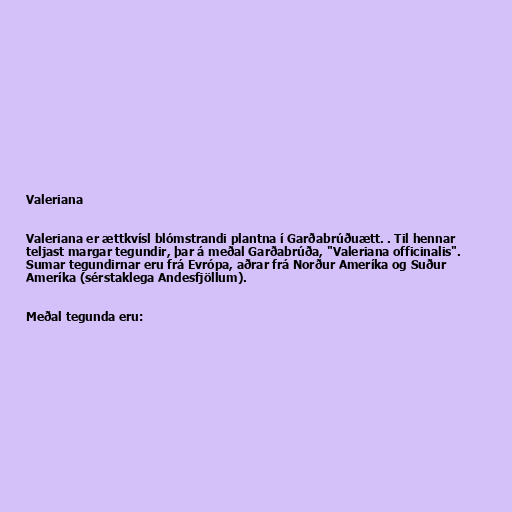
Valeriana

Valeriana er ættkvísl blómstrandi plantna í Garðabrúðuætt. . Til hennar
teljast margar tegundir, þar á meðal Garðabrúða, "Valeriana officinalis".
Sumar tegundirnar eru frá Evrópa, aðrar frá Norður Ameríka og Suður
Ameríka (sérstaklega Andesfjöllum).

Meðal tegunda eru: